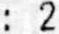
: 2